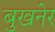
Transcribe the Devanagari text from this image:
बुखनेर